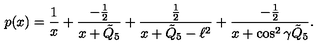
p ( x ) = { \frac { 1 } { x } } + { \frac { - { \frac { 1 } { 2 } } } { x + \tilde { Q } _ { 5 } } } + { \frac { \frac { 1 } { 2 } } { x + \tilde { Q } _ { 5 } - \ell ^ { 2 } } } + { \frac { - { \frac { 1 } { 2 } } } { x + \cos ^ { 2 } \gamma \tilde { Q } _ { 5 } } } .